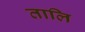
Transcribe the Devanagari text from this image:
तालि